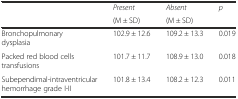
<table><thead><tr><td rowspan="2"></td><td><b><i>Present</i></b></td><td><b><i>Absent</i></b></td><td rowspan="2"><b><i>p</i></b></td></tr><tr><td><b>(M ± SD)</b></td><td><b>(M ± SD)</b></td></tr></thead><tbody><tr><td>Bronchopulmonary dysplasia</td><td>102.9 ± 12.6</td><td>109.2 ± 13.3</td><td>0.019</td></tr><tr><td>Packed red blood cells transfusions</td><td>101.7 ± 11.7</td><td>108.9 ± 13.0</td><td>0.018</td></tr><tr><td>Subependimal-intraventricular hemorrhage grade I-II</td><td>101.8 ± 13.4</td><td>108.2 ± 12.3</td><td>0.011</td></tr></tbody></table>